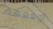
أوقفهم